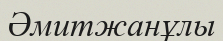
Әмитжанұлы